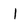
Character: I